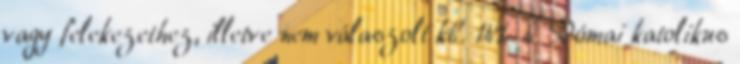
vagy felekezethez, illetve nem válaszolt kb. 14%. 4 Római katolikus